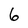
Character: 6